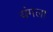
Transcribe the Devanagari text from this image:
यंगला